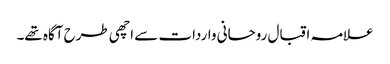
علامہ اقبال روحانی واردات سے اچھی طرح آگاہ تھے۔